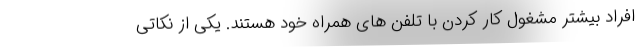
افراد بیشتر مشغول کار کردن با تلفن های همراه خود هستند. یکی از نکاتی